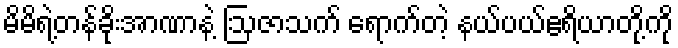
မိမိရဲ့တန်ခိုးအာဏာနဲ့ ဩဇာသက် ရောက်တဲ့ နယ်ပယ်ဧရိယာတို့ကို